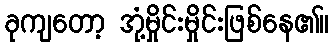
ခုကျတော့ အုံ့မှိုင်းမှိုင်းဖြစ်နေ၏။